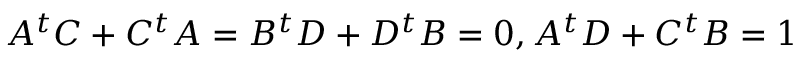
A ^ { t } C + C ^ { t } A = B ^ { t } D + D ^ { t } B = 0 , A ^ { t } D + C ^ { t } B = 1